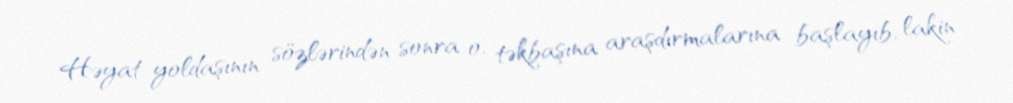
Həyat yoldaşının sözlərindən sonra o, təkbaşına araşdırmalarına başlayıb, lakin